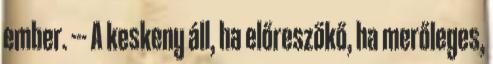
ember. --- A keskeny áll, ha előreszökő, ha merőleges,